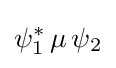
\psi _{1}^{*}\,\mu \,\psi _{2}